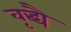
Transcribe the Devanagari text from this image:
वृद्ध्यै